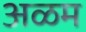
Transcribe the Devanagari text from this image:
अळम